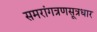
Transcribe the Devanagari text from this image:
समरांगत्रणसूत्रधार